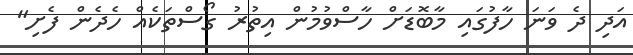
އަދި ދެ ވަނަ ހާފުގައި މާބޮޑަށް ހާސްވުމުން އިތުރު ގޯސްތަކެއް ހެދެން ފެށި"